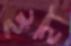
ইহা